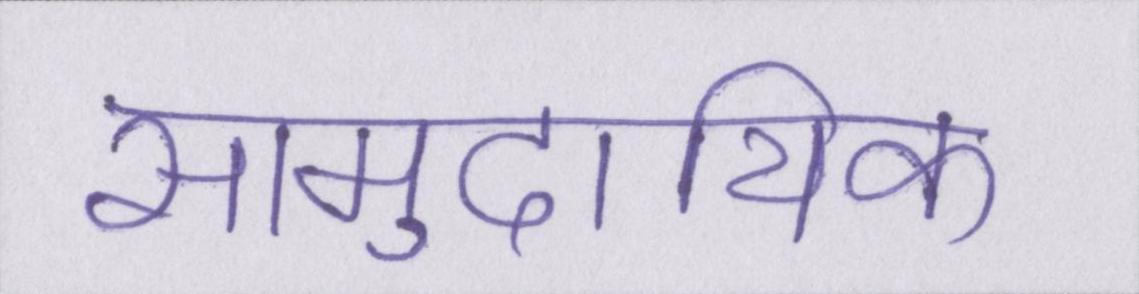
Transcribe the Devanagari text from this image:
सामुदायिक